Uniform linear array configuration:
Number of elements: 8
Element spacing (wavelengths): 0.25
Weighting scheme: kaiser
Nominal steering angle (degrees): -45
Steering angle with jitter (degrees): -45.918
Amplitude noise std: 0.05
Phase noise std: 0.05

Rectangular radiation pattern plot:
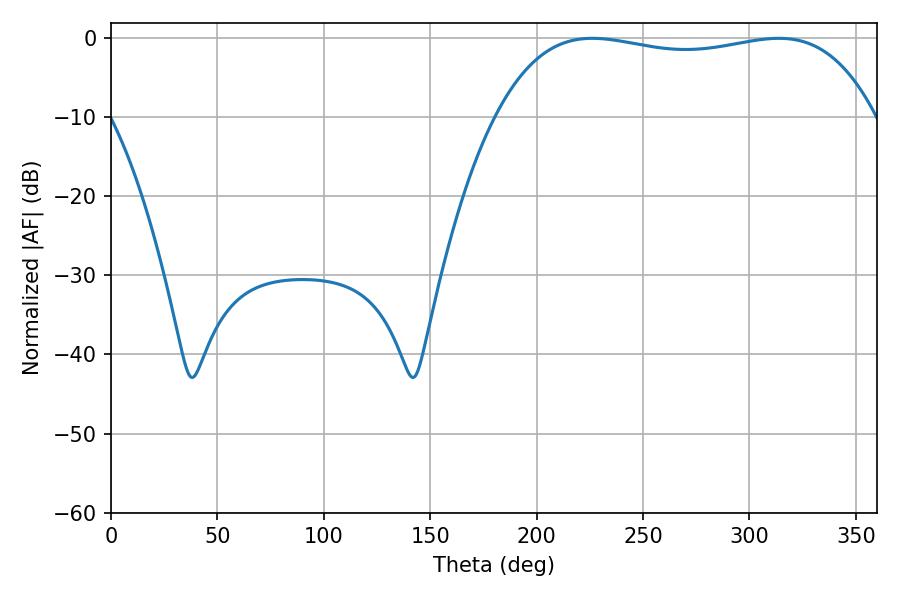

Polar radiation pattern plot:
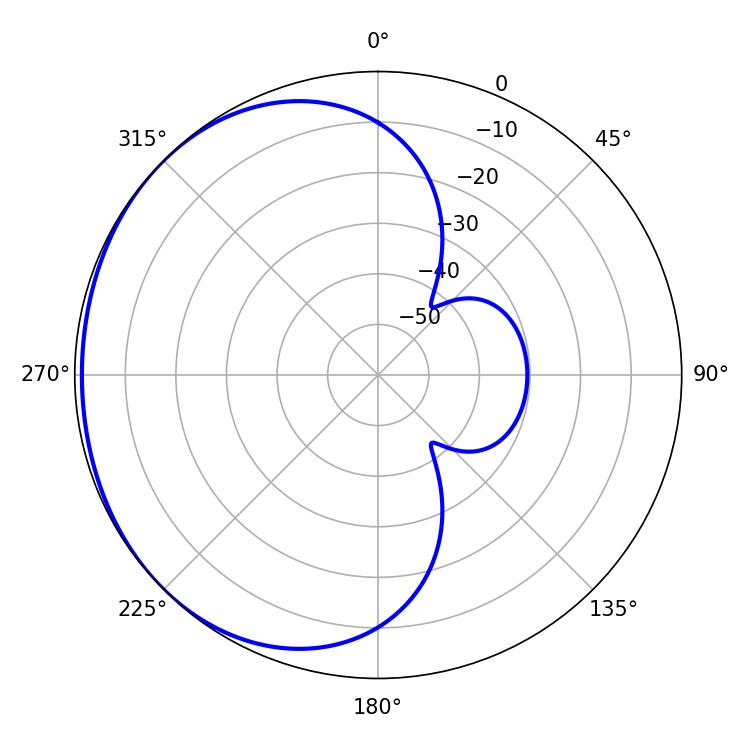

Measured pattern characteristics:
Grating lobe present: FALSE
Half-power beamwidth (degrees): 142.92
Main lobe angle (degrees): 226.26